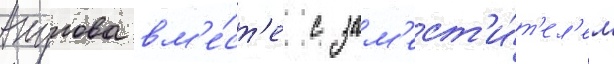
Акулова вм'е́ст'е с зам'ест'и́т'ел'ем